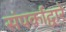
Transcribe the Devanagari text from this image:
संपर्काद्वारे